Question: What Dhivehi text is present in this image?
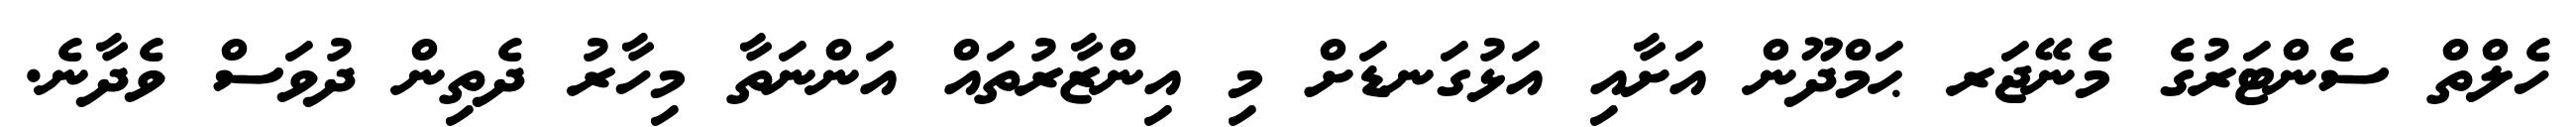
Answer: ހެލްތް ސެންޓަރުގެ މެނޭޖަރ ޙަމްދޫން އަށާއި އަޅުގަނޑަށް މި އިންޒާރުތައް އަންނަތާ މިހާރު ދެތިން ދުވަސް ވެދާނެ.